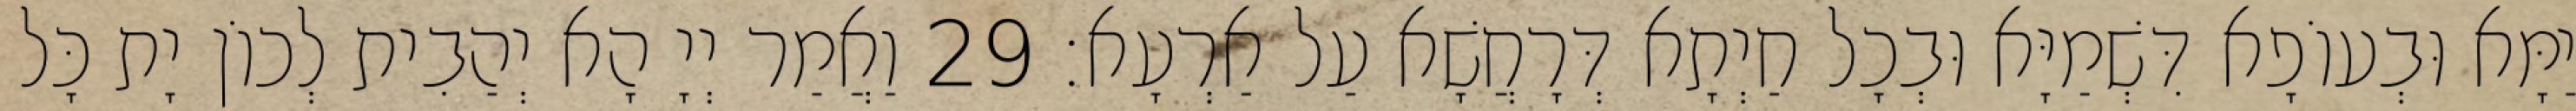
יַמָּא וּבְעוֹפָא דִּשְׁמַיָּא וּבְכָל חַיְתָא דְּרָחֲשָׁא עַל אַרְעָא׃ 29 וַאֲמַר יְיָ הָא יְהַבִית לְכוֹן יָת כָּל